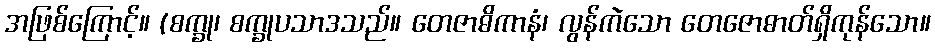
အဖြစ်ကြောင့်။ (စက္ခု၊ စက္ခုပသာဒသည်။ တေဇာဓိကာနံ၊ လွန်ကဲသော တေဇောဓာတ်ရှိကုန်သော။